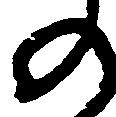
の